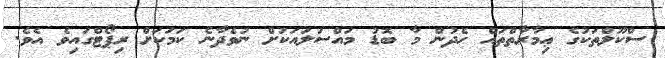
ސްކޫލްތަކުގެ ޢިމާރާތްތައް ހެދުން މާ ބޮޑު މައްސަލައަކަށް ނުވެދާނެ ކަމަކަށް ރިޕޯޓްގައިވެ އެވެ.